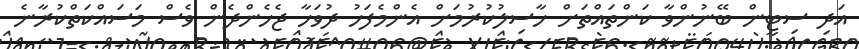
އަދި ސިޓީން ބޭނުންވާ ކަންތައްތަށް ހާސިލުކުރުމަށް އެންމެފަހު ދުވަހާ ޖެހެންދެން ވެސް މަސައްކަތްކުރާނެ